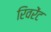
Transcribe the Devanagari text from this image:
रिवरेंट